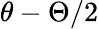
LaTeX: \theta-\Theta/2